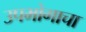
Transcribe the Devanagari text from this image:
उपभोगाचा